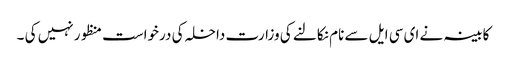
کابینہ نے ای سی ایل سے نام نکالنے کی وزارت داخلہ کی درخواست منظور نہیں کی ۔